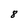
Character: 8